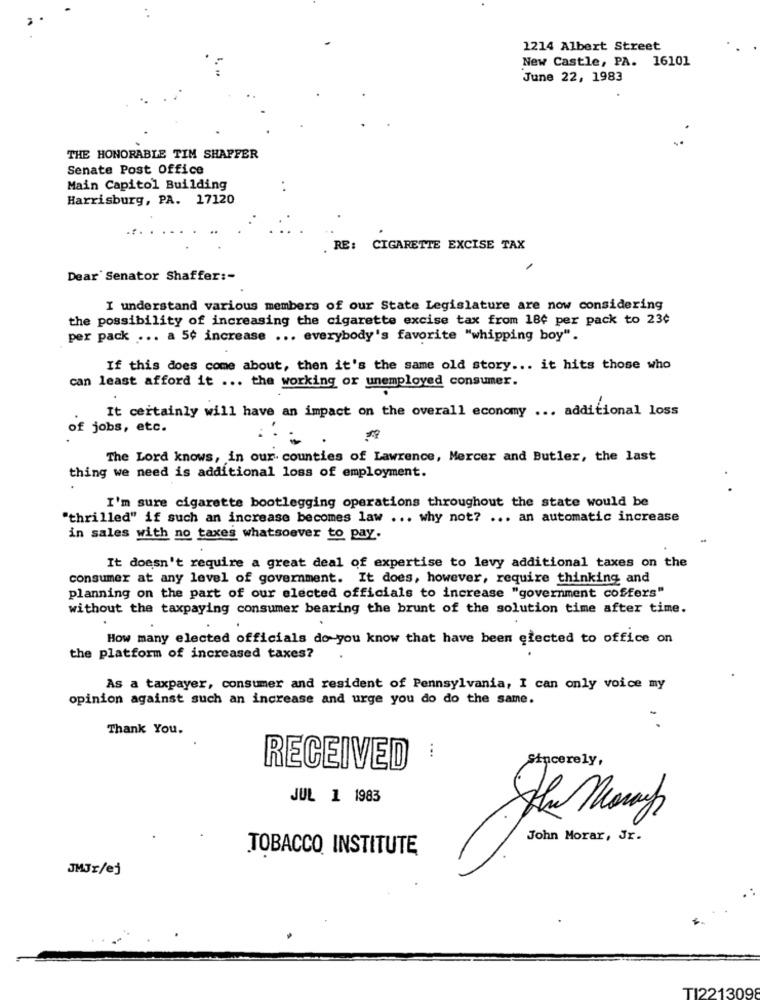
1214 Albert Street
New Castle, PA. 16101
June 22, 1983
THE HONORABLE TIM SHAFFER
Senate Post Office
Main Capitol Building
Harrisburg, PA. 17120
. RE: CIGARETTE EXCISE TAX
Dear Senator Shaffer :-
I understand various members of our State Legislature are now considering
the possibility of increasing the cigarette excise tax from 18¢ per pack to 23¢
per pack ... a 5¢ increase ... everybody's favorite "whipping boy".
If this does come about, then it's the same old story ... it hits those who
can least afford it ... the working or unemployed consumer.
It certainly will have an impact on the overall economy ... additional loss
of jobs, etc.
The Lord knows, in our counties of Lawrence, Mercer and Butler, the last
thing we need is additional loss of employment.
I'm sure cigarette bootlegging operations throughout the state would be
"thrilled" if such an increase becomes law ... why not? ... an automatic increase
in sales with no taxes whatsoever to pay.
It doesn't require a great deal of expertise to levy additional taxes on the
consumer at any level of government. It does, however, require thinking and
planning on the part of our elected officials to increase "government coffers"
without the taxpaying consumer bearing the brunt of the solution time after time.
.
How many elected officials do you know that have been elected to office on
the platform of increased taxes?
As a taxpayer, consumer and resident of Pennsylvania, I can only voice my
opinion against such an increase and urge you do do the same.
Thank You.
...
Sincerely,
RECEIVED
JUL 1 1983
John Morar, Jr.
TOBACCO INSTITUTE
JMJr/ej
TI2213098